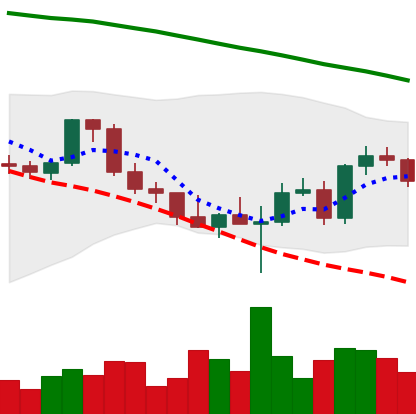
Ticker: ETH-USD
Chart end date: 2022-03-03
Forward return: -9.092%
Label: down_7plus